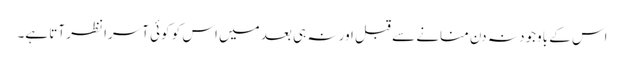
اس کے باوجود نہ دن منانے سے قبل اور نہ ہی بعد میں اس کو کوئی آسرا نظر آتا ہے۔